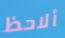
ألاحظ